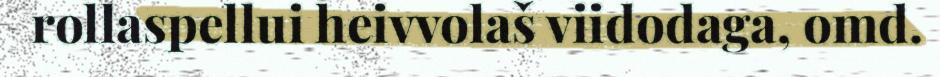
rollaspellui heivvolaš viidodaga, omd.